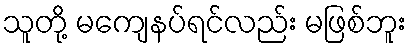
သူတို့ မကျေနပ်ရင်လည်း မဖြစ်ဘူး